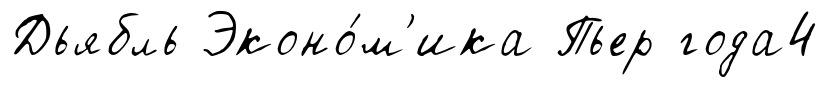
Дьябль Эконо́м'ика Пьер года4